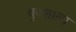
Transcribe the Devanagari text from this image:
बुढशाला